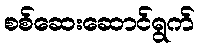
စစ်ဆေးဆောင်ရွက်